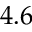
4 . 6